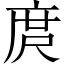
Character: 庹